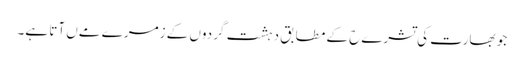
جو بھارت کی تشرےح کے مطابق دہشت گردوں کے زمرے مےں آتا ہے۔